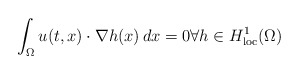
\begin{align*}\int_\Omega u(t,x)\cdot\nabla h(x) \, dx = 0 \forall h\in H^1_{\rm loc}(\Omega) \end{align*}